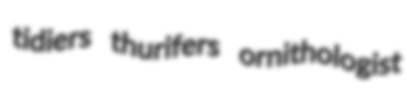
tidiers thurifers ornithologist